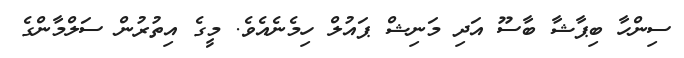
ސިންހާ ބިޕާޝާ ބާސޫ އަދި މަނިޝް ޕައުލް ހިމެނެއެވެ. މީގެ އިތުރުން ސަލްމާންގެ